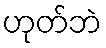
ဟုတ်ဘဲ